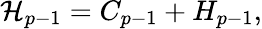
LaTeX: {\cal H}_{p-1}=C_{p-1}+H_{p-1},